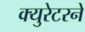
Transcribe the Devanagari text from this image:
क्युरेटरने